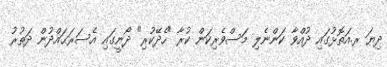
ދިޔަ ރ.އަތޮޅުގައި ދުއްވާ ކަންނެލި މަސްވެރިކަން ކުރާ "ހެދޭކުރި" ދޯނީގައި އެސަރަޙައްދުން ދަތުރު